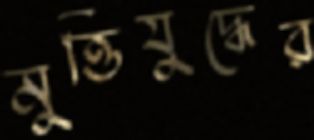
মুত্তিযুদ্ধের